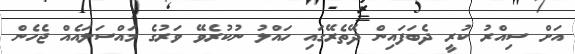
އަށް ސިއްރު ކުރީ ދެބަފައިން ދޭތެރޭގައި ހައްލު ނުކުރެވޭ ވަރުގެ މައްސަލައެއް ޖެހެން